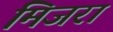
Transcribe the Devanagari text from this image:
मिजरा